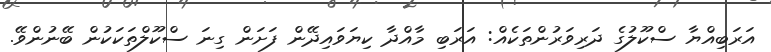
އަރަބިއްޔާ ސްކޫލުގެ ދަރިވަރުންތަކެއް: އަރަބި މާއްދާ ކިޔަވައިދޭން ފަށަން ގިނަ ސްކޫލްތަކަކުން ބޭނުންވޭ.